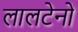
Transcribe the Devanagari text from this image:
लालटेनों